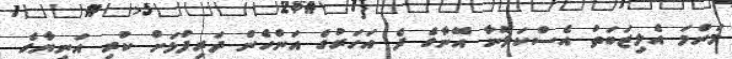
މަންމަ އެލިޒަބަތު އެސްކަލޮނާ އޭނާގެ ދެ އަހަރުގެ އަންހެން ދަރިފުޅަށް ކުރި އަނިޔާގެ